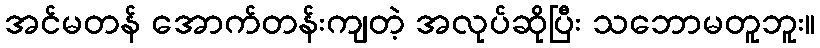
အင်မတန် အောက်တန်းကျတဲ့ အလုပ်ဆိုပြီး သဘောမတူဘူး။